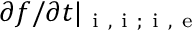
{ \partial f } / { \partial t } | _ { \mathrm { ~ i ~ , ~ i ~ ; ~ i ~ , ~ e ~ } }